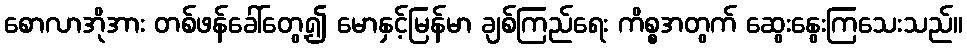
စောလာအိုအား တစ်ဖန်ခေါ်တွေ့၍ မောနှင့်မြန်မာ ချစ်ကြည်ရေး ကိစ္စအတွက် ဆွေးနွေးကြသေးသည်။